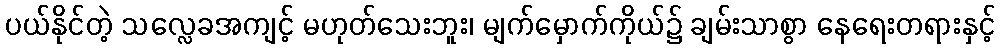
ပယ်နိုင်တဲ့ သလ္လေခအကျင့် မဟုတ်သေးဘူး၊ မျက်မှောက်ကိုယ်၌ ချမ်းသာစွာ နေရေးတရားနှင့်